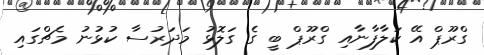
ގްރޫޕް އޭ ކަލާފާނާއި ގްރޫޕް ބީ ގެ ގަލޮޅު މަދަރުސާ ކުޅުނު މެޗްގައި